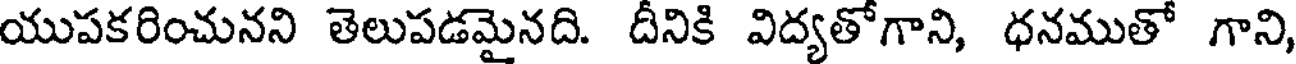
యుపకరించునని తెలుపడమైనది. దీనికి విద్యతోగాని, ధనముతో గాని,